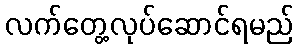
လက်တွေ့လုပ်ဆောင်ရမည်